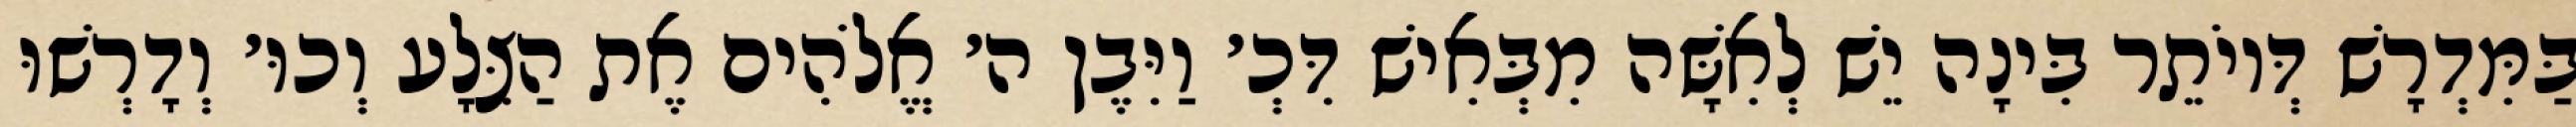
בַּמִּדְרָשׁ דְּיוֹתֵר בִּינָה יֵשׁ לְאִשָּׁה מִבְּאִישׁ דִּכְ׳ וַיִּבֶן ה׳ אֱלֹהִים אֶת הַצֵּלָע וְכוּ׳ וְדָרְשׁוּ